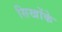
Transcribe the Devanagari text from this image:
सिखोंके